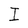
Character: I